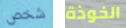
شخص الخوذة